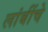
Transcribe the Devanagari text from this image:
लांबींचे